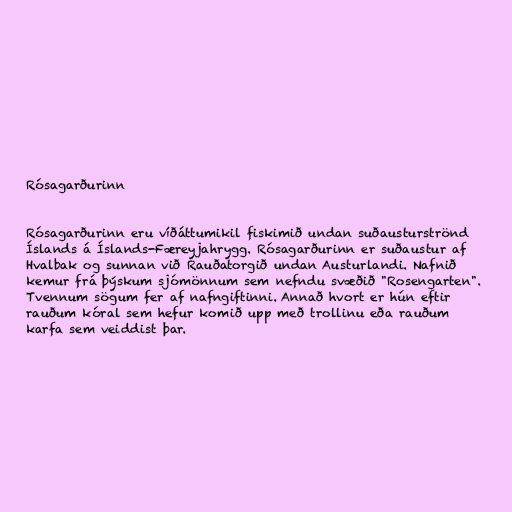
Rósagarðurinn

Rósagarðurinn eru víðáttumikil fiskimið undan suðausturströnd
Íslands á Íslands-Færeyjahrygg. Rósagarðurinn er suðaustur af
Hvalbak og sunnan við Rauðatorgið undan Austurlandi. Nafnið
kemur frá þýskum sjómönnum sem nefndu svæðið "Rosengarten".
Tvennum sögum fer af nafngiftinni. Annað hvort er hún eftir
rauðum kóral sem hefur komið upp með trollinu eða rauðum
karfa sem veiddist þar.